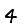
Digit: 4